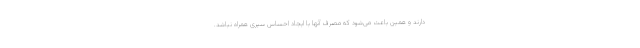
دارند و همین باعث می‌شود که مصرف آنها با ایجاد احساس سیری همراه نباشد.